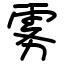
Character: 雾